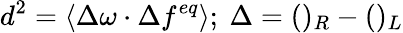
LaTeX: d^{2}=\langle\Delta\omega\cdot\Delta f^{eq}\rangle;\ \Delta=()_{R}-()_{L}